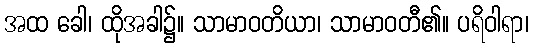
အထ ခေါ၊ ထိုအခါ၌။ သာမာဝတိယာ၊ သာမာဝတီ၏။ ပရိဝါရာ၊